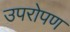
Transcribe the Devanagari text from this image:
उपरोपण